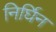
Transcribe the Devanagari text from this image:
निर्घिन